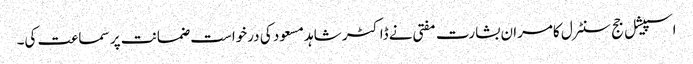
اسپیشل جج سنٹرل کامران بشارت مفتی نے ڈاکٹر شاہد مسعود کی درخواست ضمانت پر سماعت کی۔